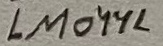
Text: LM044L